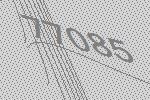
77085